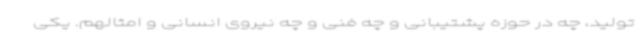
تولید، چه در حوزه پشتیبانی و چه فنی و چه نیروی انسانی و امثالهم. یکی